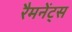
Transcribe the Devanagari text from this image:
रैमनेंट्स